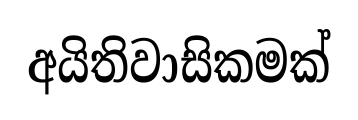
අයිතිවාසිකමක්